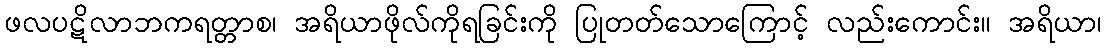
ဖလပဋိလာဘကရတ္တာစ၊ အရိယာဖိုလ်ကိုရခြင်းကို ပြုတတ်သောကြောင့် လည်းကောင်း။ အရိယာ၊